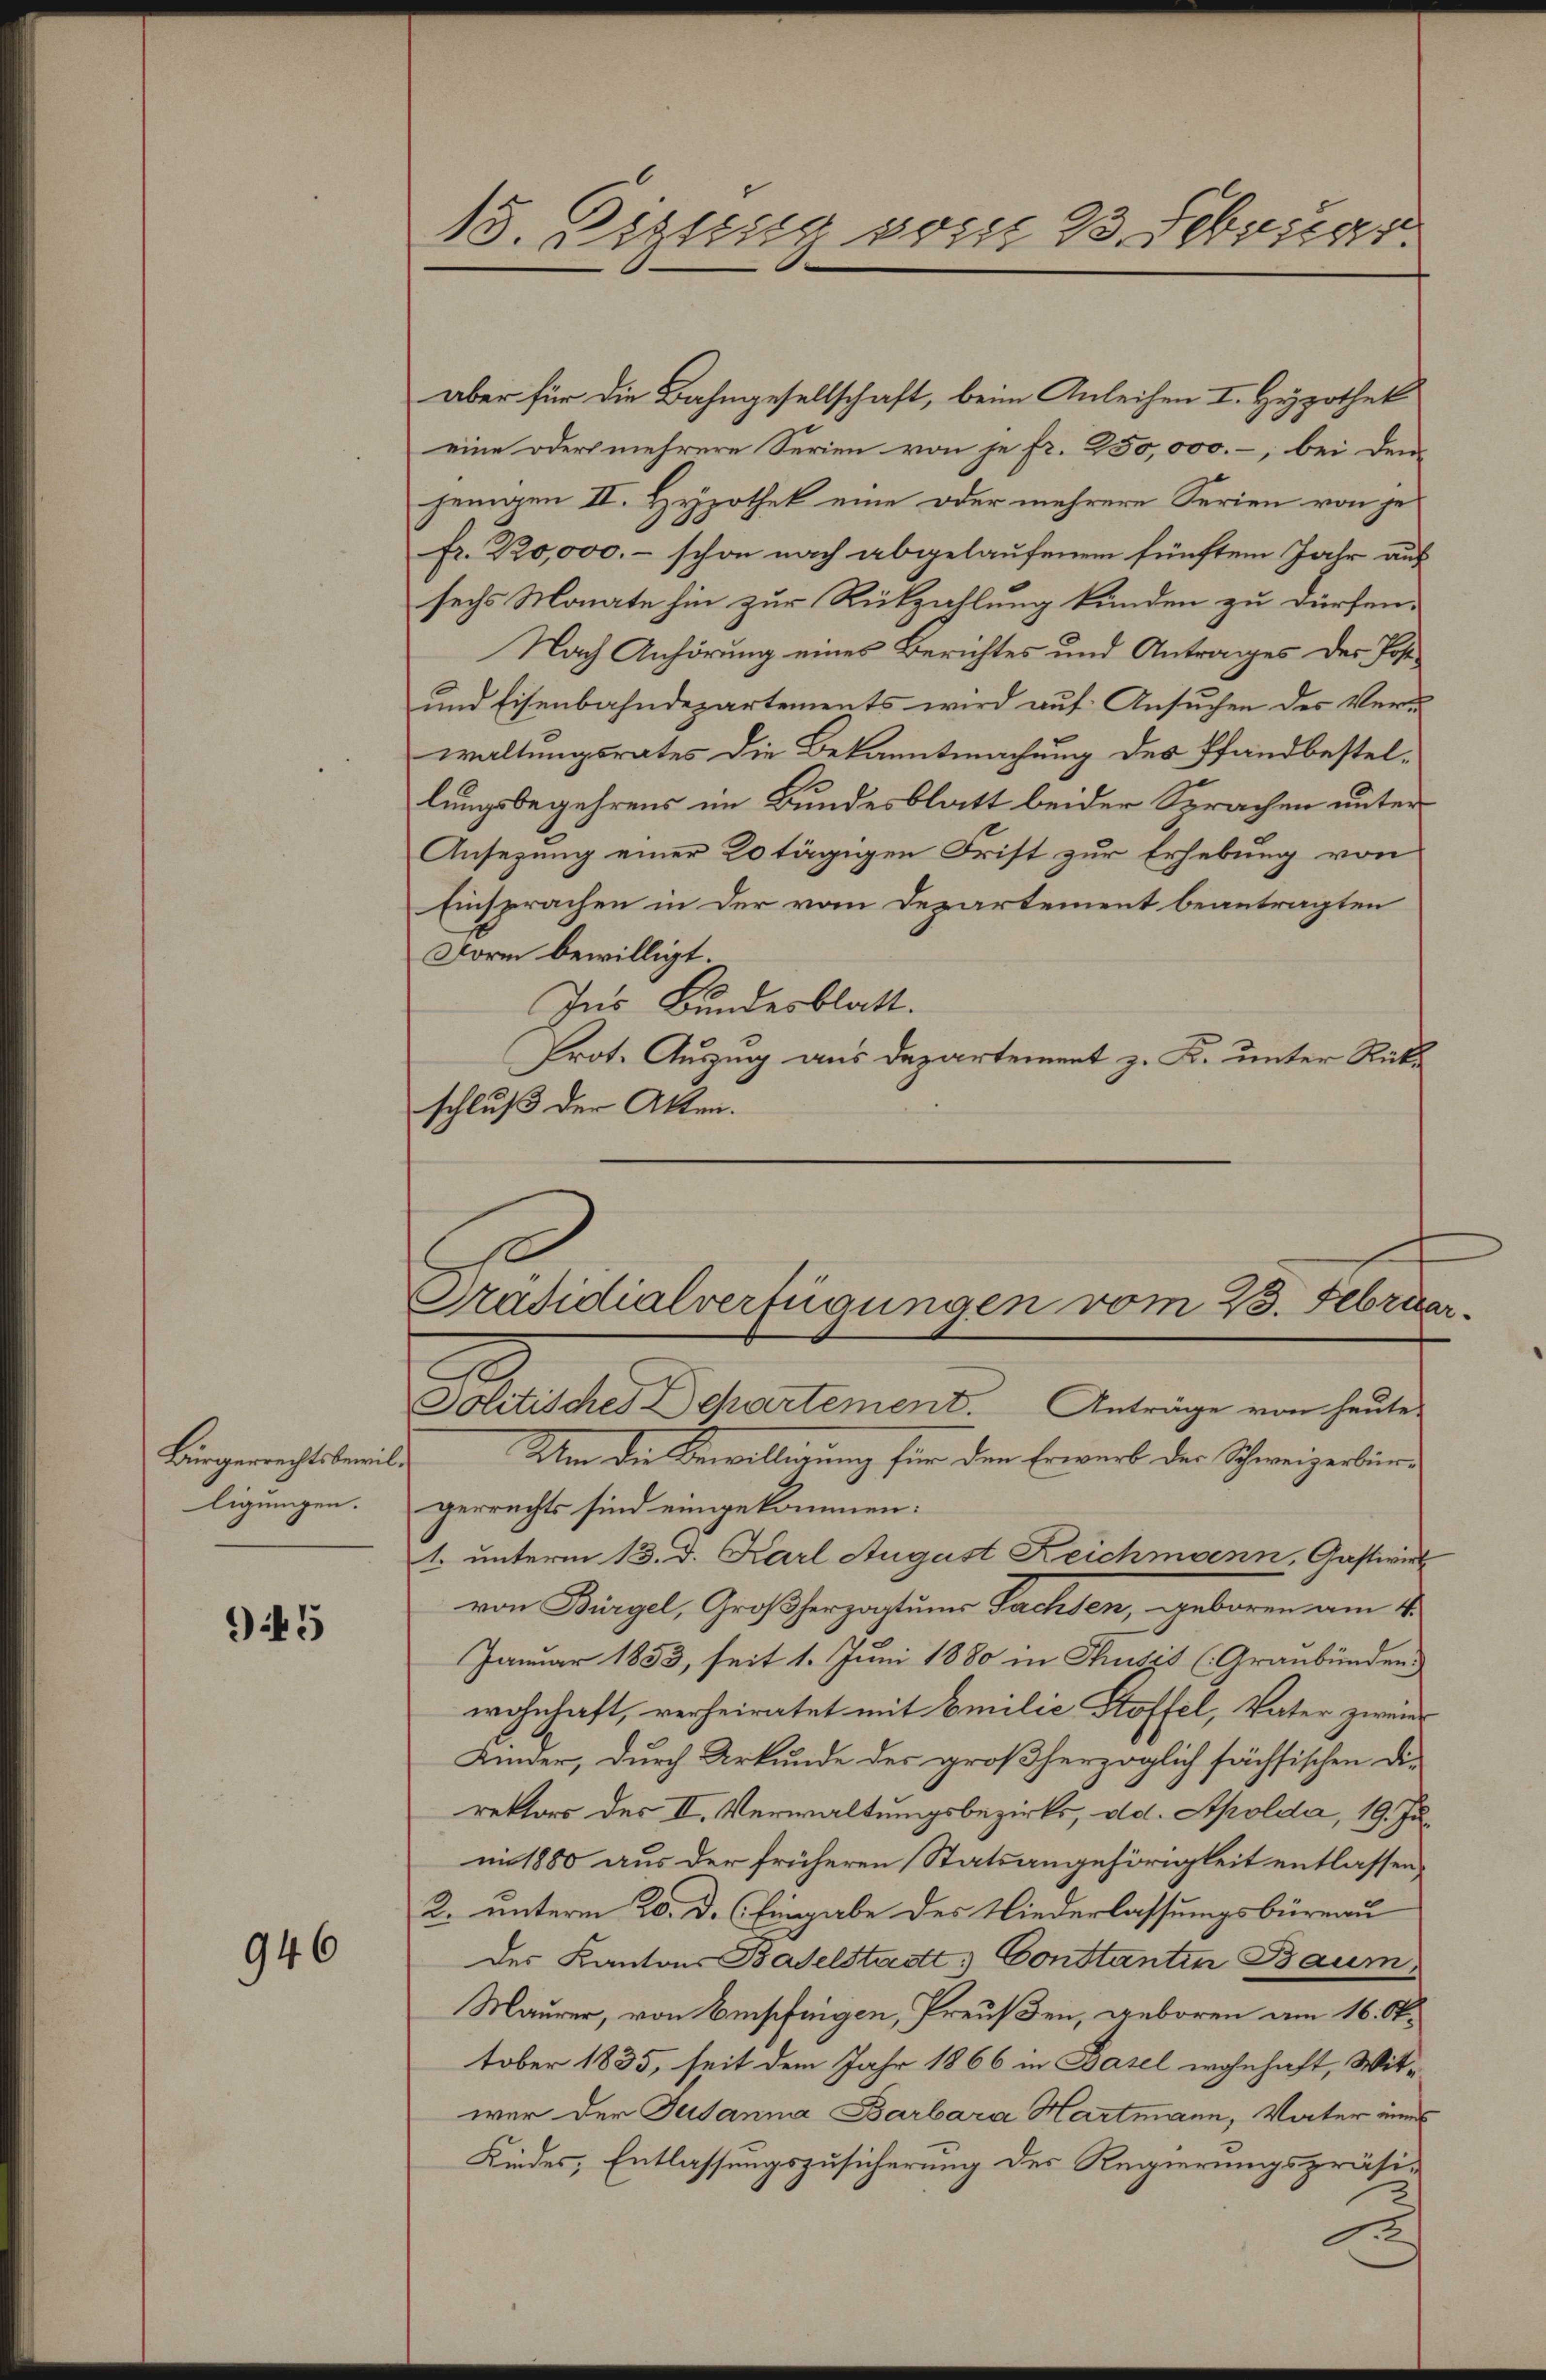
Bürgerrechtsbewilligungen.

945

946

15. Sigung vom 23 Februar

eine oder mehrere Serien von je fr. 250,000.-, bei dem
jenigen II. Hypothek eine oder mehrere Ferien von jefr. 220,000. - schon nach abgelaufenem fünften Jahr aus
sechs Monate hin zur Rückzahlung kunden zu dürfen.
Nach Anhörung eines Berichtes und Antrages des Pose¬
und Eisenbahndepartements wird auf Ansuchen des Veru
waltungsrates die Bekanntmachung des Pfandbestellungsbegehrens im Bundesblatt beider Sprachen unter
Ansezung einer 20 tägigen Frist zur Erhebung von
Einsprachen in der vom Departement beantragten
Form bewilligt.
Ins Bundesblatt.
Prot. Auszug aus Departement z. K. unter Rückschluß der Akten.
Präsidialverfügungen vom 23. Februar.

aber für die Bahngesellschaft, beim Anleihen I. Hypothek

Politisches Departement. Anträge von heute

Um die Bewilligung für den Erwerb der Schweizerbin-
gerrechts sind eingekommen:
1. unterm 13. d. Karl August Reichmann, Gastwirk
von Bürgel, Großherzogtumes Sachsen, geboren am 4.
Januar 1853, seit 1. Juni 1880 in Thusis (Graubünden.
wohnhaft, verheiratet mit Emilie Stoffel, Vater zwei
Kinder, durch Urkunde des großherzoglich sächsischen die
rektors des II. Verwaltungsbezirks, dd. Apolda, 19. Juni 1880 aus der früheren Statsangehörigkeit entlassen,
2. unterm 20. d. Eingabe des Niederlassungsbüreau
des Kantons Baselstadt Constantin Baum
Maurer, von Empfingen, Preußen, geboren am 16. Oktober 1835, seit dem Jahr 1866 in Basel wohnhaft, Witwer der Jusanna Barbara Hartmann, Vater eines
Kindes, Entlassungszusicherung des Regierungspräsi-